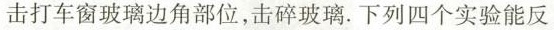
击打车窗玻璃边角部位，击碎玻璃。下列四个实验能反